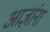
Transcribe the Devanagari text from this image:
आज्ञांना